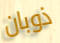
ذوبان